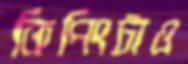
কিপিংটাও